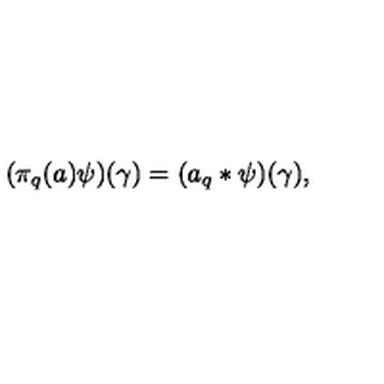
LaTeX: ( \pi _ { q } ( a ) \psi ) ( \gamma ) = ( a _ { q } * \psi ) ( \gamma ) ,